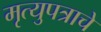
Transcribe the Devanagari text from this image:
मृत्युपत्राचे